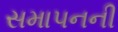
સમાપનની